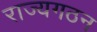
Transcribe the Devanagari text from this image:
राज्यगठन